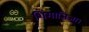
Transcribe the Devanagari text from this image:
शिंगाज़िजा।